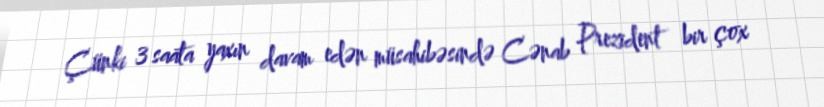
Çünki 3 saata yaxın davam edən müsahibəsində Cənab Prezident bir çox